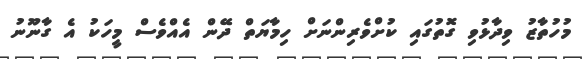
މުހުތާޒު ވިދާޅުވި ގޮތުގައި ކުށްވެރިންނަށް ހިމާޔަތް ދޭން އެއްވެސް މީހަކު އެ ގާނޫނު